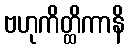
ဗဟုကိတ္ထိကာနိ